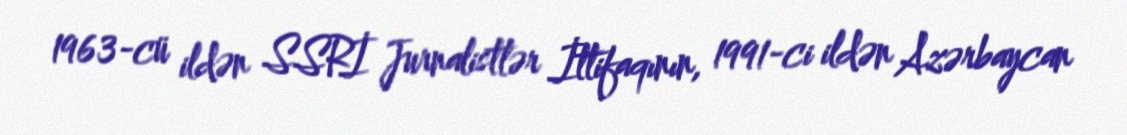
1963-cü ildən SSRİ Jurnalistlər İttifaqının, 1991-ci ildən Azərbaycan